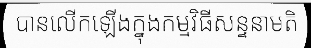
បានលើកឡើងក្នុងកម្មវិធីសន្ទនាមតិ